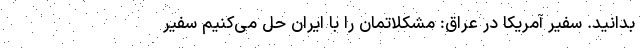
بدانید. سفیر آمریکا در عراق: مشکلاتمان را با ایران حل می‌کنیم سفیر